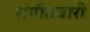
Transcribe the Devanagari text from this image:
संगीतबारी